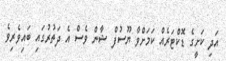
އަދި ކަށީގެ ޑޮކްޓަރެއް ކަމަށްވާ ޔޫސުފް ޝާން ވެސް އެ ދަތުރުގައި ބައިވެރިވެ